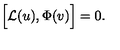
\Bigl [ { \cal L } ( u ) , \Phi ( v ) \Bigr ] = 0 .